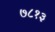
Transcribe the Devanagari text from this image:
७८१३